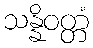
သန္နိဝတ္တံ